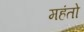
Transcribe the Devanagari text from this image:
महंतो